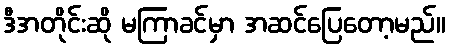
ဒီအတိုင်းဆို မကြာခင်မှာ အဆင်ပြေတော့မည်။